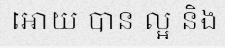
អោយ បាន ល្អ និង